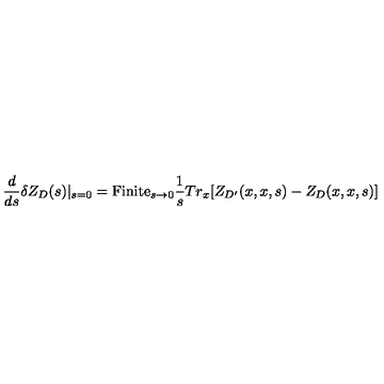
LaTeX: { \frac { d } { d s } } \delta Z _ { D } ( s ) | _ { s = 0 } = \mathrm { F i n i t e } _ { s \to 0 } { \frac { 1 } { s } } T r _ { x } [ Z _ { D ^ { \prime } } ( x , x , s ) - Z _ { D } ( x , x , s ) ]